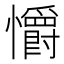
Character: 𢥚